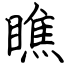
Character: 瞧